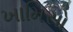
ખામિસો